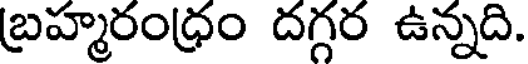
బ్రహ్మరంధ్రం దగ్గర ఉన్నది.